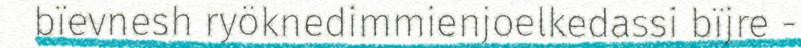
bïevnesh ryöknedimmienjoelkedassi bïjre -